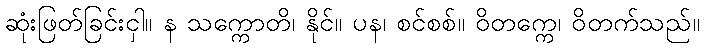
ဆုံးဖြတ်ခြင်းငှါ။ န သက္ကောတိ၊ နိုင်။ ပန၊ စင်စစ်။ ဝိတက္ကေ၊ ဝိတက်သည်။